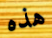
هذه